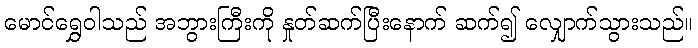
မောင်ရွှေဝါသည် အဘွားကြီးကို နှုတ်ဆက်ပြီးနောက် ဆက်၍ လျှောက်သွားသည်။